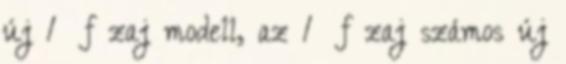
új 1 f zaj modell, az 1 f zaj számos új